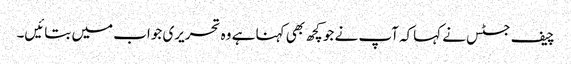
چیف جسٹس نے کہاکہ آپ نے جو کچھ بھی کہنا ہے وہ تحریری جواب میں بتائیں۔